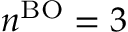
n ^ { \mathrm { B O } } = 3